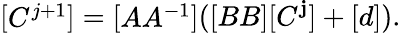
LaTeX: {\left[\begin{array}{l}{C^{j+1}}\end{array}\right]}={\left[\begin{array}{l}{AA^{-1}}\end{array}\right]}([BB][C^{\mathbf{j}}]+[d]).